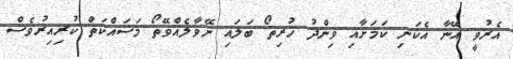
އެރުވީ އޭނާ އެކަނި ކަމަށާއި ވިންދު ހުރިތޯ ބަލައި ނޭވާލެއްވޭތޯ މަސައްކަތް ކުރިއިރުވެސް